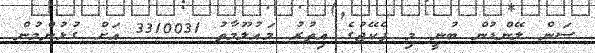
ސަން ލޭންޑުން ބުނީ މި ޕެކޭޖުގެ އިތުރު މައުލޫމާތު 3310031 އަށް ގުޅުންމުން